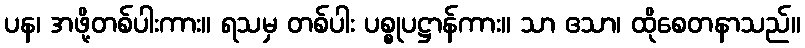
ပန၊ အဖို့တစ်ပါးကား။ ရသမှ တစ်ပါး ပစ္စုပဋ္ဌာန်ကား။ သာ ဧသာ၊ ထိုစေတနာသည်။